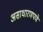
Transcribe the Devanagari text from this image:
असाधारणपणे